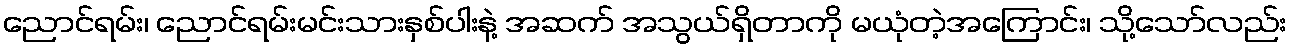
ညောင်ရမ်း၊ ညောင်ရမ်းမင်းသားနှစ်ပါးနဲ့ အဆက် အသွယ်ရှိတာကို မယုံတဲ့အကြောင်း၊ သို့သော်လည်း